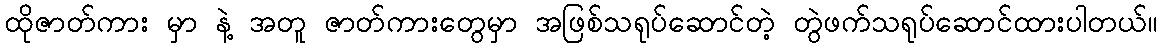
ထိုဇာတ်ကား မှာ နဲ့ အတူ ဇာတ်ကားတွေမှာ အဖြစ်သရုပ်ဆောင်တဲ့ တွဲဖက်သရုပ်ဆောင်ထားပါတယ်။